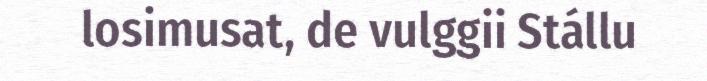
losimusat, de vulggii Stállu